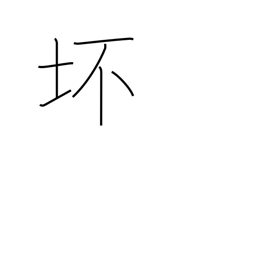
Meaning: bowl